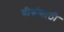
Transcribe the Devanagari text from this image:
वीरूंसाठी